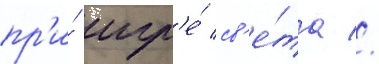
пр'и́ игр'е́ св'е́та //